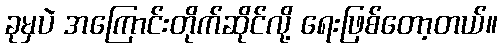
ခုမှပဲ အကြောင်းတိုက်ဆိုင်လို့ ရေးဖြစ်တော့တယ်။